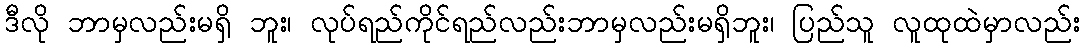
ဒီလို ဘာမှလည်းမရှိ ဘူး၊ လုပ်ရည်ကိုင်ရည်လည်းဘာမှလည်းမရှိဘူး၊ ပြည်သူ လူထုထဲမှာလည်း